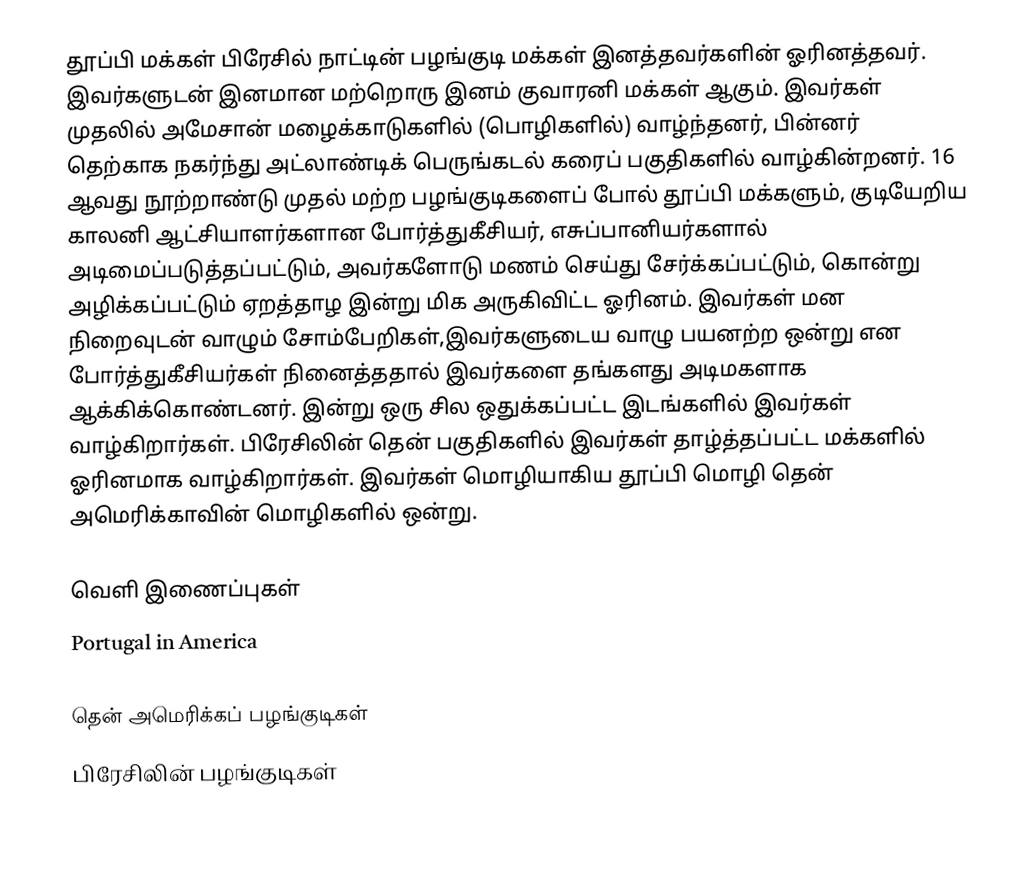
தூப்பி மக்கள் பிரேசில் நாட்டின் பழங்குடி மக்கள் இனத்தவர்களின் ஓரினத்தவர். இவர்களுடன் இனமான மற்றொரு இனம் குவாரனி மக்கள் ஆகும். இவர்கள் முதலில் அமேசான் மழைக்காடுகளில் (பொழிகளில்) வாழ்ந்தனர், பின்னர் தெற்காக நகர்ந்து அட்லாண்டிக் பெருங்கடல் கரைப் பகுதிகளில் வாழ்கின்றனர். 16 ஆவது நூற்றாண்டு முதல் மற்ற பழங்குடிகளைப் போல் தூப்பி மக்களும், குடியேறிய காலனி ஆட்சியாளர்களான போர்த்துகீசியர், எசுப்பானியர்களால் அடிமைப்படுத்தப்பட்டும், அவர்களோடு மணம் செய்து சேர்க்கப்பட்டும், கொன்று அழிக்கப்பட்டும் ஏறத்தாழ இன்று மிக அருகிவிட்ட ஓரினம்.  இவர்கள் மன நிறைவுடன் வாழும் சோம்பேறிகள்,இவர்களுடைய வாழு பயனற்ற ஒன்று என போர்த்துகீசியர்கள் நினைத்ததால் இவர்களை தங்களது  அடிமகளாக ஆக்கிக்கொண்டனர்.   இன்று ஒரு சில ஒதுக்கப்பட்ட இடங்களில் இவர்கள் வாழ்கிறார்கள். பிரேசிலின் தென் பகுதிகளில் இவர்கள் தாழ்த்தப்பட்ட மக்களில் ஓரினமாக வாழ்கிறார்கள். இவர்கள் மொழியாகிய தூப்பி மொழி தென் அமெரிக்காவின் மொழிகளில் ஒன்று.

வெளி இணைப்புகள்
 Portugal in America

தென் அமெரிக்கப் பழங்குடிகள்
பிரேசிலின் பழங்குடிகள்